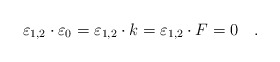
\begin{align*}\varepsilon_{1,2}\cdot\varepsilon_0=\varepsilon_{1,2}\cdot k=\varepsilon_{1,2}\cdot F=0\quad .\end{align*}